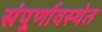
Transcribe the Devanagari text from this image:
संपूर्णावस्थेत